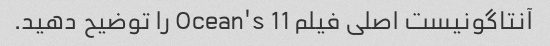
آنتاگونیست اصلی فیلم Ocean's 11 را توضیح دهید.